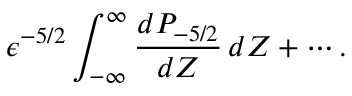
\epsilon ^ { - 5 / 2 } \int _ { - \infty } ^ { \infty } \frac { d P _ { - 5 / 2 } } { d Z } \, d Z + \cdots .